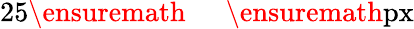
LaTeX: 25\ensuremath{\mathrm{~\textrm~{~\, ~}~}}\ensuremath{\mathrm{px}}